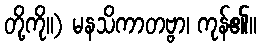
တို့ကို။) မနသိကာတဗ္ဗာ၊ ကုန်၏။